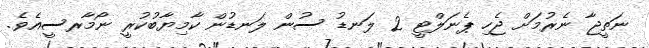
ނަތީޖާ ނެރުމަށް ޖެހި ޕެނަލްޓީ 2 ލަނޑު ސުން ލަނޑުން ކާމިޔާބުކުރީ ނޯމާރސީއެވެ.